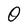
Character: O